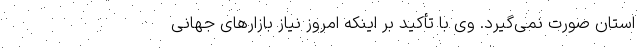
استان صورت نمی‌گیرد. وی با تأکید بر اینکه امروز نیاز بازارهای جهانی